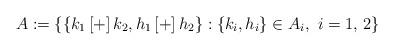
LaTeX: \begin{align*}A:=\left\{ \left\{ k_{1}\left[ + \right]k_{2},h_{1}\left[ + \right]h_{2} \right\}:\left\{ k_{i},h_{i} \right\}\in A_{i},\thinspace \thinspace i=1,\thinspace 2 \right\}\end{align*}